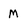
Character: M